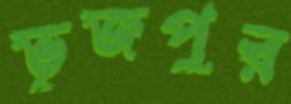
ভূজপুর